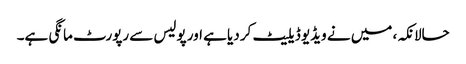
حالانکہ، میں نے ویڈیو ڈیلیٹ کر دیا ہے اور پولیس سے رپورٹ مانگی ہے۔